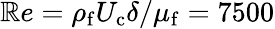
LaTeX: \mathbb{R}e=\rho_{\mathrm{{f}}}U_{\mathrm{{c}}}\delta/\mu_{\mathrm{{f}}}=7500